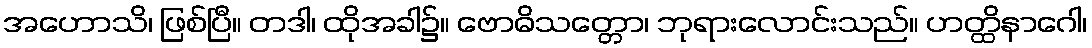
အဟောသိ၊ ဖြစ်ပြီ။ တဒါ၊ ထိုအခါ၌။ ဗောဓိသတ္တော၊ ဘုရားလောင်းသည်။ ဟတ္ထိနာဂေါ၊